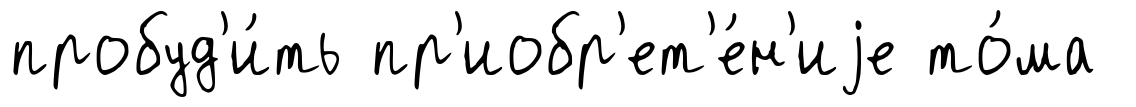
пробуд'и́ть пр'иобр'ет'е́н'иjе то́ма